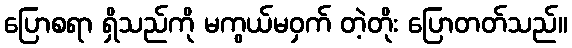
ပြောစရာ ရှိသည်ကို မကွယ်မဝှက် တဲ့တိုး ပြောတတ်သည်။